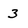
Character: 3